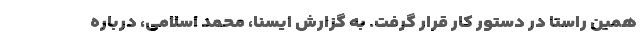
همین راستا در دستور کار قرار گرفت. به گزارش ایسنا، محمد اسلامی، درباره